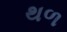
થળ